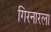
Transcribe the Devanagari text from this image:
गिरनारला